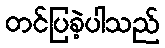
တင်ပြခဲ့ပါသည်